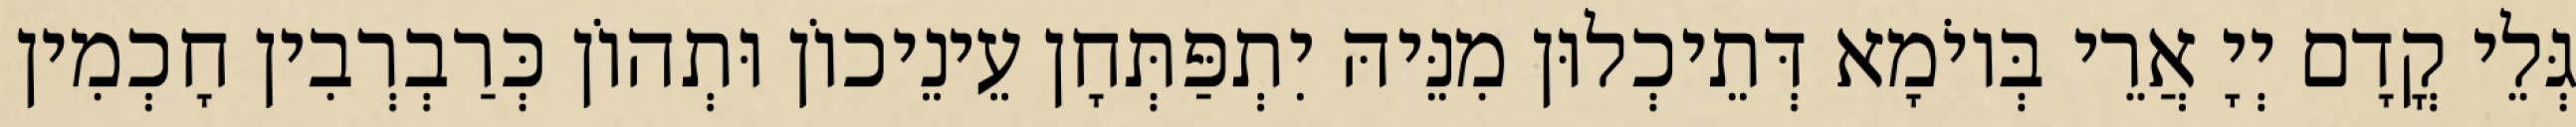
גְּלֵי קֳדָם יְיָ אֲרֵי בְּיוֹמָא דְּתֵיכְלוּן מִנֵּיהּ יִתְפַּתְּחָן עֵינֵיכוֹן וּתְהוֹן כְּרַבְרְבִין חָכְמִין